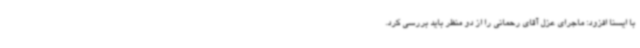
با ایسنا افزود: ماجرای عزل آقای رحمانی را از دو منظر باید بررسی کرد.